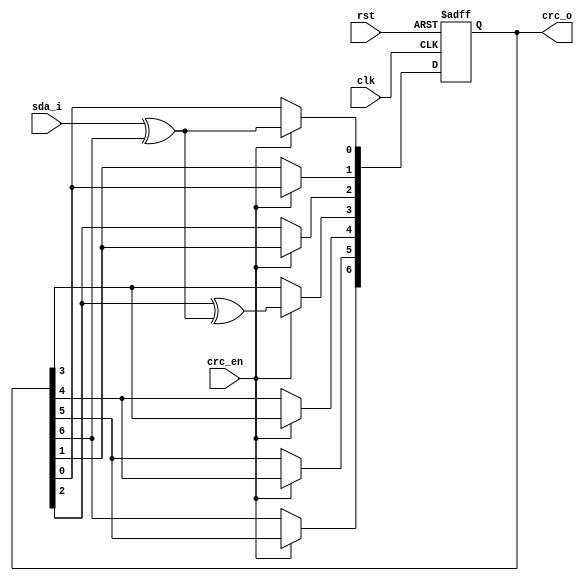
//this code is generate automatically by https://www.ghsi.de/CRC/index.php?
//for compare.
module crc_7(
    input    clk, rst,
    input    crc_en,
    input    sda_i,
    output   reg [ 6: 0] crc_o
    );

    wire  inv = sda_i ^ crc_o[6];
    //CRC-7	= x7 + x3 + 1 
    always @(posedge clk or posedge rst)  begin
        if (rst) begin
            crc_o <= 0;           
        end
        else begin
            if (crc_en == 1)  begin
                crc_o[6] <= crc_o[5];
                crc_o[5] <= crc_o[4];
                crc_o[4] <= crc_o[3];
                crc_o[3] <= crc_o[2] ^ inv;
                crc_o[2] <= crc_o[1];
                crc_o[1] <= crc_o[0];
                crc_o[0] <= inv;
            end
        end
     end
   
endmodule